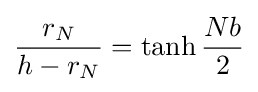
{\frac {r_{N}}{h-r_{N}}}=\tanh {\frac {Nb}{2}}